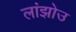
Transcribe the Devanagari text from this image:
लांझोउ